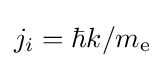
j_{i}=\hbar k/m_{\text{e}}